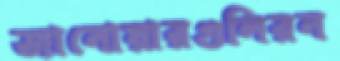
জানোয়ারগুলিরন